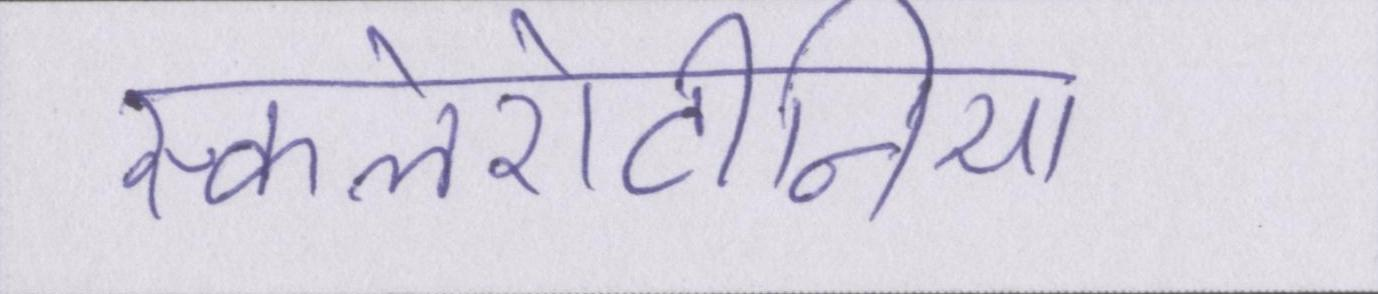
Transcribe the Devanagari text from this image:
स्कलेरोटीनिया